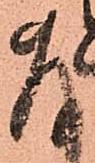
存